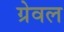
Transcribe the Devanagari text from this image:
ग्रेवल